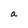
Character: a